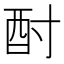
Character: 酎